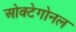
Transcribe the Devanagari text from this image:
ओक्टेगोनल